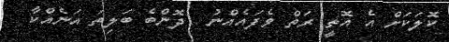
ކޮލަކަށް އެ އޮތީ ރަތް ވެފައެއްނު  ދޮންބެ ބަލިތަ އަނެއްކާ